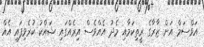
އަވްސަމް އަށް ޒާރާގެ ރީތިކަމާއި މެދު އެއްވެސް އިރެއްގައި ޝައްކު ކުރެވިފައި އެއް